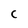
Character: C